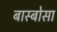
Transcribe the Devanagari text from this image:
बास्बोसा